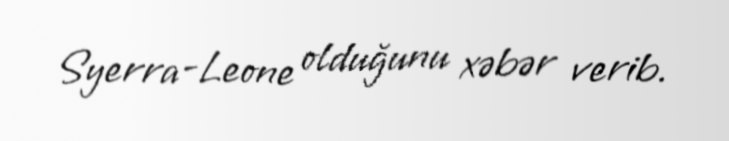
Syerra-Leone olduğunu xəbər verib.